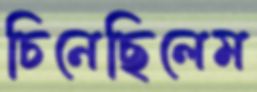
চিনেছিলেম